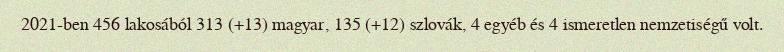
2021-ben 456 lakosából 313 (+13) magyar, 135 (+12) szlovák, 4 egyéb és 4 ismeretlen nemzetiségű volt.